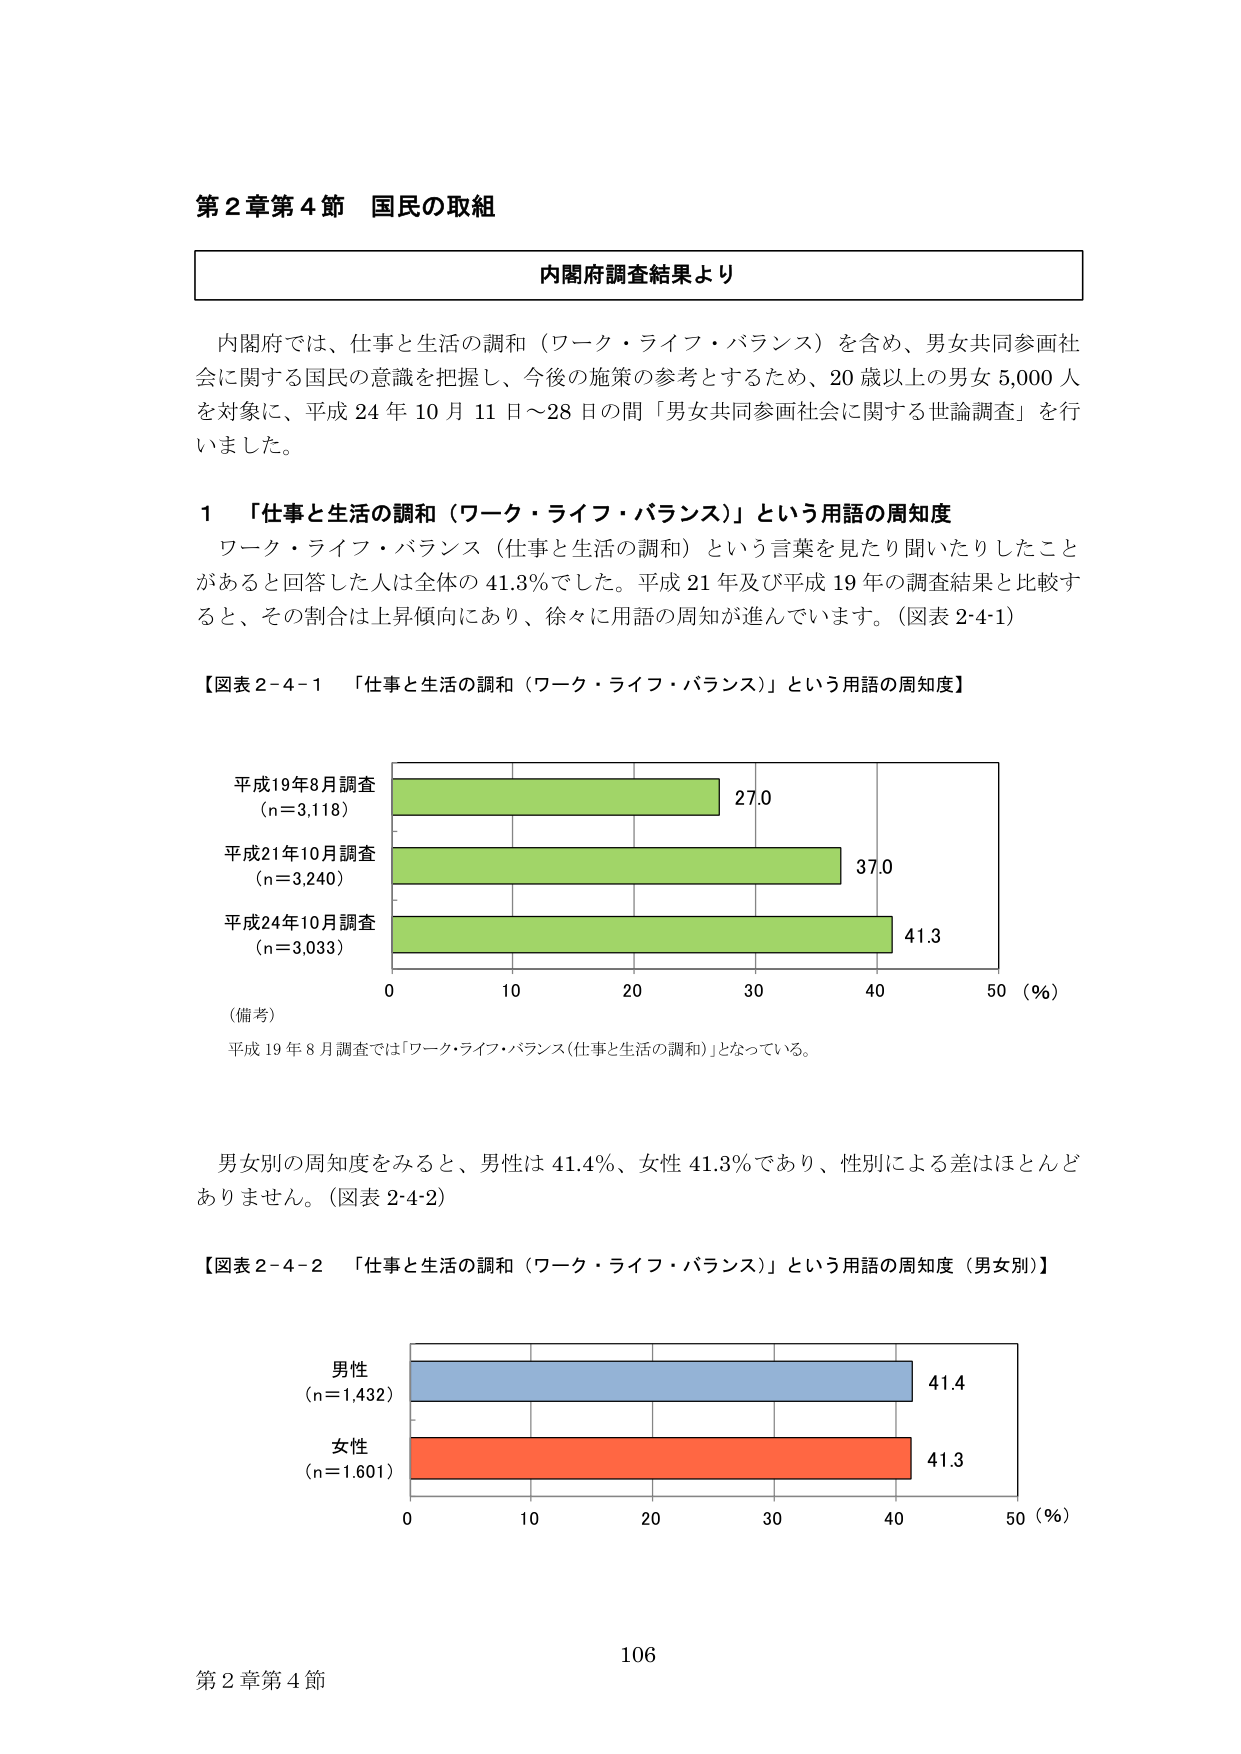
第２章第４節 国民の取組

内閣府調査結果より

内閣府では、仕事と生活の調和（ワーク・ライフ・バランス）を含め、男女共同参画社会に関する国民の意識を把握し、今後の施策の参考とするため、20歳以上の男女5,000人を対象に、平成24年10月11日～28日の間「男女共同参画社会に関する世論調査」を行いました。

１ 「仕事と生活の調和（ワーク・ライフ・バランス）」という用語の周知度

ワーク・ライフ・バランス（仕事と生活の調和）という言葉を見たり聞いたりしたことがあると回答した人は全体の41.3％でした。平成21年及び平成19年の調査結果と比較すると、その割合は上昇傾向にあり、徐々に用語の周知が進んでいます。（図表2-4-1）

【図表2-4-1 「仕事と生活の調和（ワーク・ライフ・バランス）」という用語の周知度】

平成19年8月調査
（n=3,118） 27.0

平成21年10月調査
（n=3,240） 37.0

平成24年10月調査
（n=3,033） 41.3

0 10 20 30 40 50（％）

（備考）
平成19年8月調査では「ワーク・ライフ・バランス（仕事と生活の調和）」となっている。

男女別の周知度をみると、男性は41.4％、女性41.3％であり、性別による差はほとんどありません。（図表2-4-2）

【図表2-4-2 「仕事と生活の調和（ワーク・ライフ・バランス）」という用語の周知度（男女別）】

男性
（n=1,432） 41.4

女性
（n=1,601） 41.3

0 10 20 30 40 50（％）

106
第２章第４節